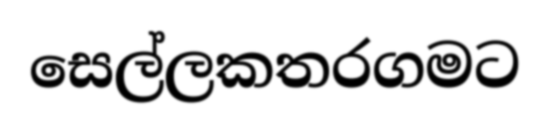
සෙල්ලකතරගමට